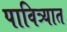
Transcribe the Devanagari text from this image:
पावित्र्यात